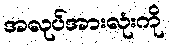
အလုပ်အားလုံးကို